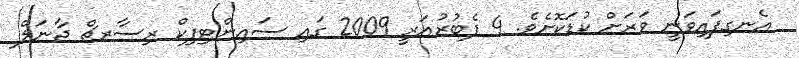
އެނގިފައިވަނީ ވަރަށް ކުޑަކޮށެވެ. 4 ފެބުރުއަރީ 2009 ގައި ސައިންޓިފިކް ރިސާރޗް ޖާނަލް